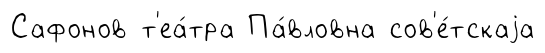
Сафонов т'еа́тра Па́вловна сов'е́тскаjа